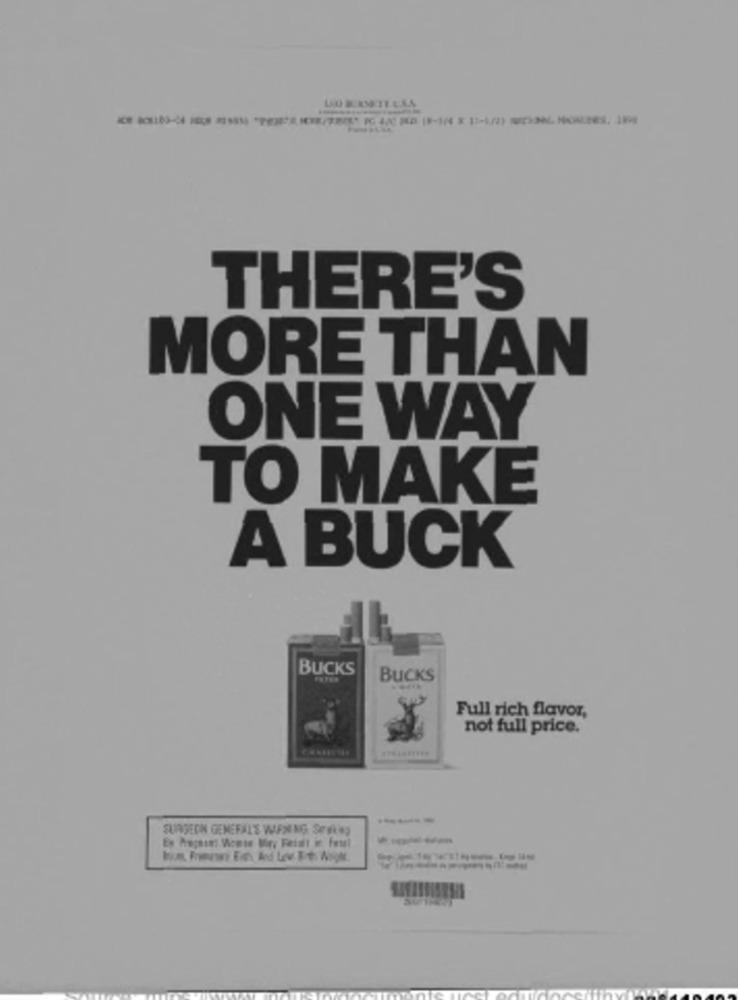
THERE'S
MORE THAN
ONE WAY
TO MAKE
A BUCK
BUCKS
BUCKS
Full rich flavor,
not full price.
SURGEDIN GENERALE WAXING SPIkey
---
Es Precsins Viomte Mir, Fetalt ie Fest